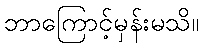
ဘာကြောင့်မှန်းမသိ။